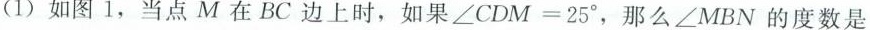
(1) 如图1，当点M在BC边上时，如果 $$∠ C D M = 2 5 °$$ 那么∠MBN的度数是